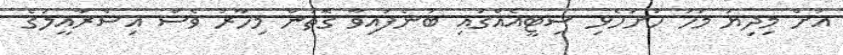
އަށް މިދިޔަ މަހު ހުށަހެޅި ސިޓީއެއްގައި ބުނެފައިވާ ގޮތުން މިހާރު ވެސް އިސްރާއީލުގެ